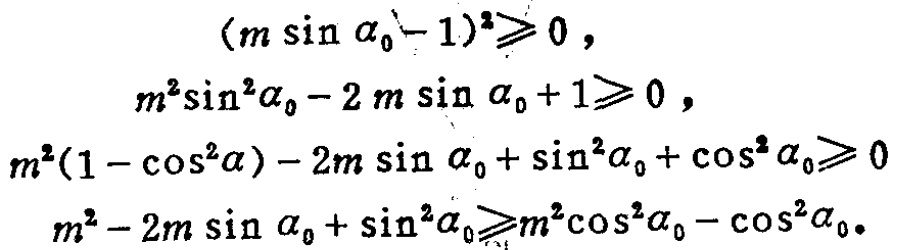
\begin{align*}

(m\sin\alpha_0 - 1)^2 &\geqslant 0,\\

m^2\sin^2\alpha_0 - 2m\sin\alpha_0 + 1 &\geqslant 0,\\

m^2(1 - \cos^2\alpha) - 2m\sin\alpha_0 + \sin^2\alpha_0 + \cos^2\alpha_0 &\geqslant 0\\

m^2 - 2m\sin\alpha_0 + \sin^2\alpha_0 &\geqslant m^2\cos^2\alpha_0 - \cos^2\alpha_0.

\end{align*}